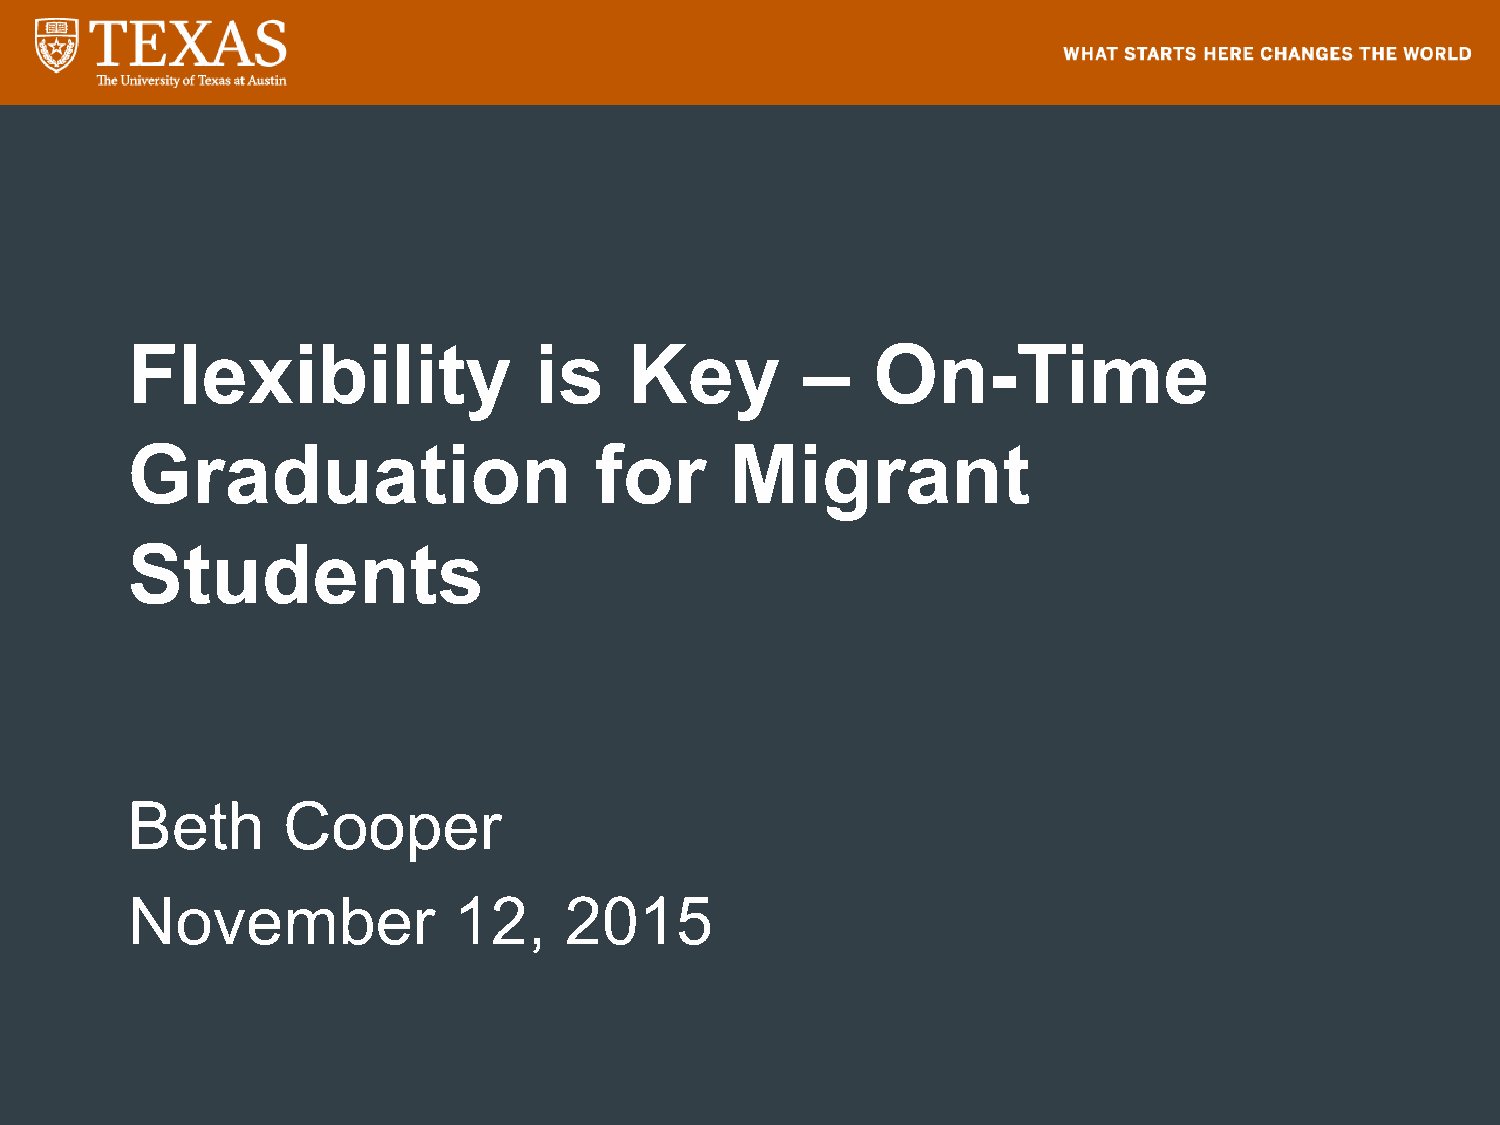
Flexibility                is     Key        –    On-Time
 Graduation                     for      Migrant
 Students
 Beth       Cooper
 November              12,    2015